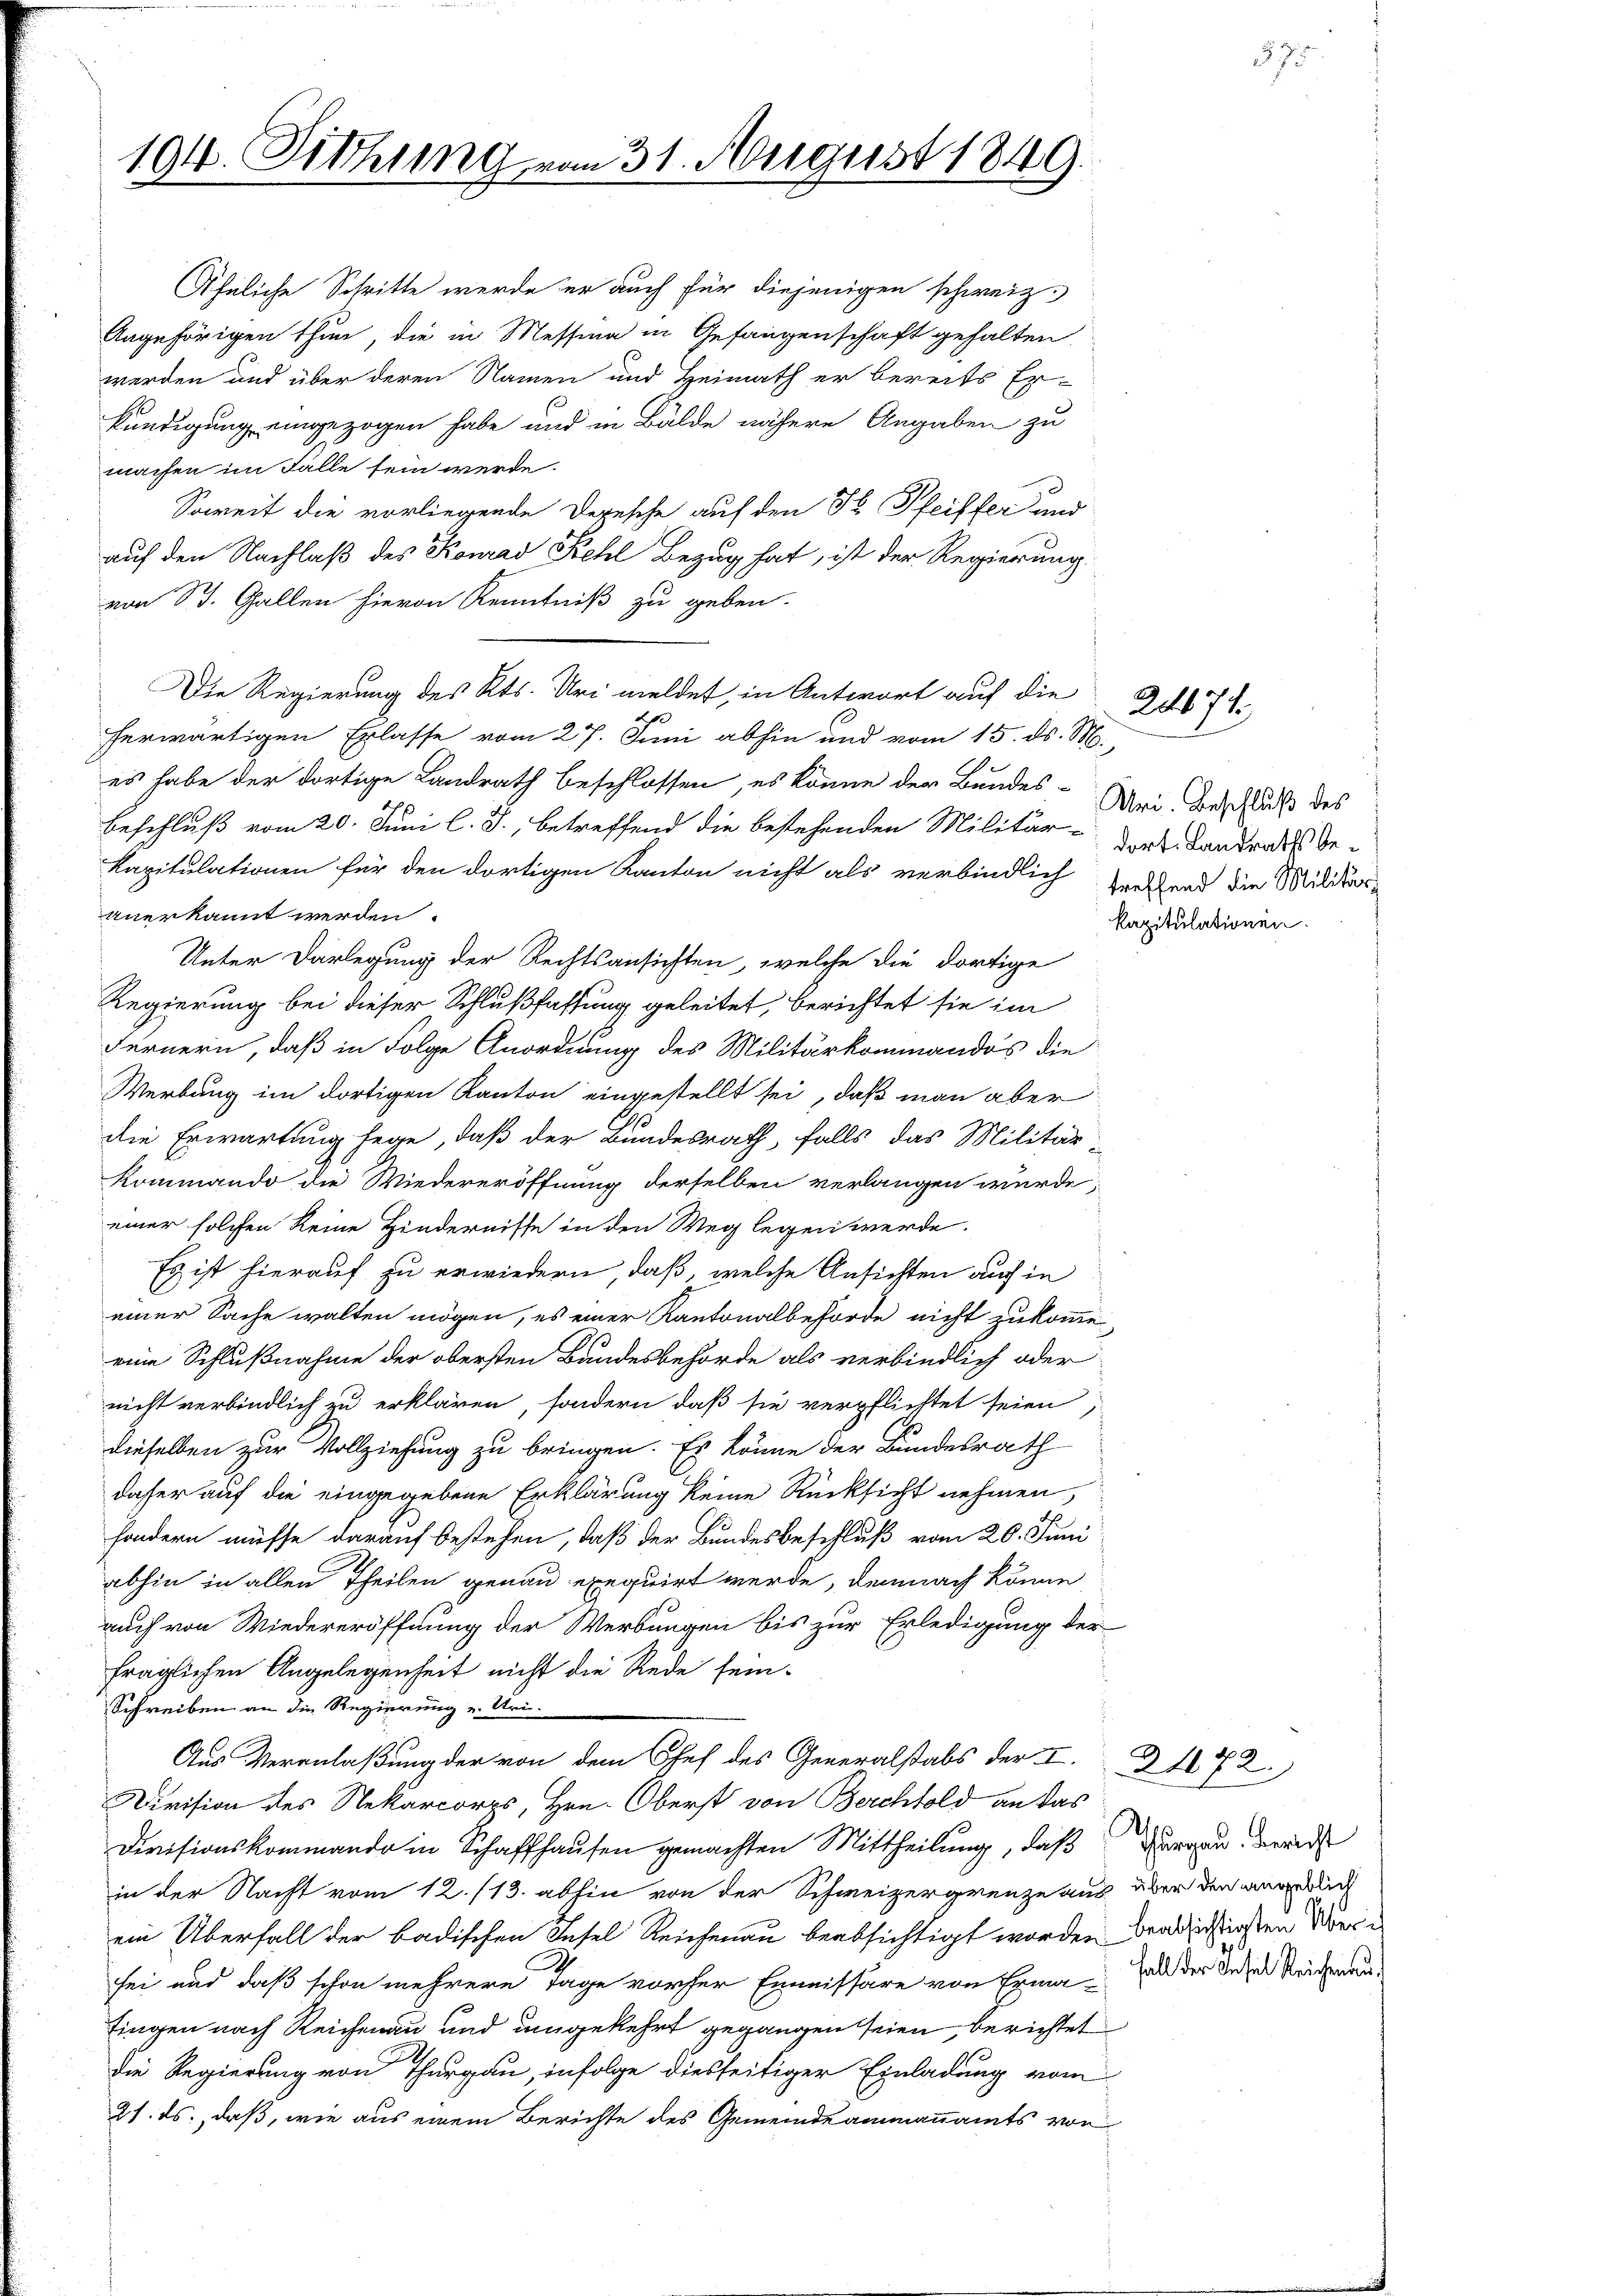
194. Pethung vom 31. August 1849.

Angehörigen thun, die in Messina in Gefangenschaft gehalten
werden und über deren Namen und Heimath er bereits Er-
kündigung eingezogen habe und in Bälde nähere Angaben zu
machen im Falle sein werde.
Soweit die vorliegende Depesche auf den Fr. Pfeiffer und
auf den Nachlaß des Konrad Kehl Bezug hat, ist der Regierung
von St. Gallen hievon Kenntniß zu geben.
Die Regierung des Kts. Uri meldet, in Antwort auf die
herwärtigen Erlasse vom 27. Juni abhin und vom 15. ds. M.
es habe der dortige Landrath beschlossen, es könne der Bundes-Wei Beschluß des
Beschluß vom 20. Juni l. J., betreffend die bestehenden Militär- der Landrats Be¬
Kapitulationen für den dortigen Kanton nicht als verbindlich sehend die Militärtuerkannt werden.
Unter Darlegung der Rechtsansichten, welche die dortige
Regierung bei dieser Schlußfassung geleitet, berichtet sie im
Fernern, daß in Folge Anordnung des Militärkommandos die
Werbung im dortigen Kanton eingestellt sei, daß man aber
die Erwartung hege, daß der Bundesrath, falls das Militär-
Kommando die Wiedereröffnung derselben verlangen wurde,
einer solchen keine Hindernisse in den Weg legen werde.
Es ist hierauf zu erwiedern, daß, welche Ansichten auch in
einer Sache walten mögen, es einer Kantonalbehörde nicht zukomme
eine Schlußnahme der obersten Bandesbehörde als verbindlich oder
nicht verbindlich zu erklären, sondern daß sie verpflichtet seien,
dieselben zur Vollziehung zu bringen. Es könne der Bundesrath
daher auf die eingegebene Erklärung keine Rücksicht nehmen,
sondern müsse darauf bestehen, daß der Bundesbeschluß vom 20. Juni
abhin in allen Theilen genau exequirt werde, demnach könne
auch von Wiedereröffnung der Werbungen bis zur Erledigung der
fraglichen Angelegenheit nicht die Rede sein-
Schreiben an die Regierung u. Uri
Aus Veranlaßung der von dem Chef des Generalstabs der I. 172.
Division des Rekarcorps, Hrn. Oberst von Berchtold an das
Divisionskommando in Schaffhausen gemachten Mittheilung, daß
in der Nacht vom 12./13. abhin von der Schweizergrenze aus über den angedruc
ein Überfall der badischen Insel Reichenau beabsichtigt worden beabsichtigsten Versei und daß schon mehrere Tage vorher Emmissäre von Ermahl der dasel Reichnen
tingen nach Reichenau und umgekehrt gegangen seien, berichtet
die Regierung von Thurgau, infolge diesseitiger Einladung vom
21. ds., daß, wie aus einem Berichte des Gemeindeammannamts von

Ähnliche Schritte werde er auch für diejenigen schweiz.

kapitulationen.

274.

Thurgau. Bericht